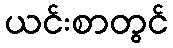
ယင်းစာတွင်